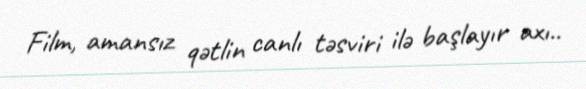
Film, amansız qətlin canlı təsviri ilə başlayır axı..